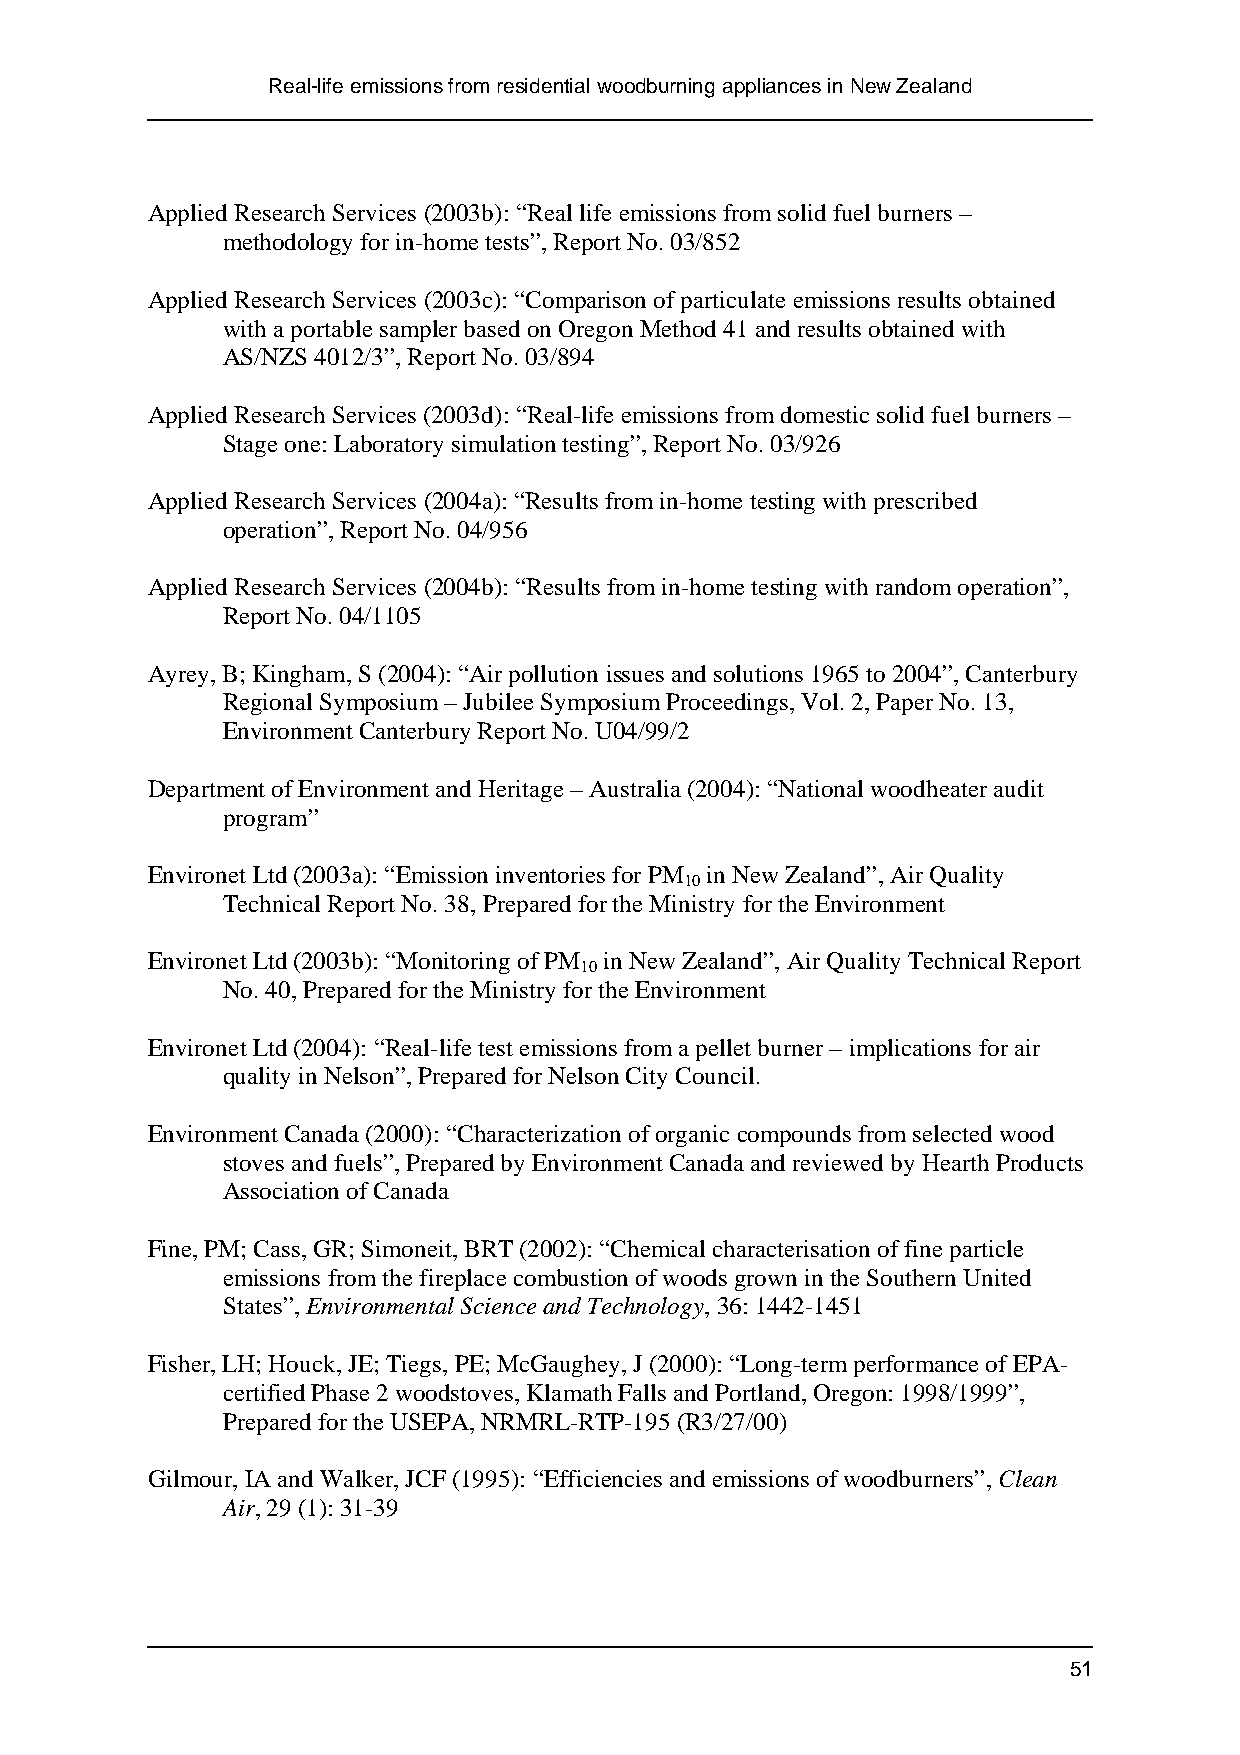
Real-life emissions from residential woodburning appliances in New Zealand
 Applied Research Services (2003b): “Real life emissions from solid fuel burners –
 methodology for in-home tests”, Report No. 03/852
 Applied Research Services (2003c): “Comparison of particulate emissions results obtained
 with a portable sampler based on Oregon Method 41 and results obtained with
 AS/NZS 4012/3”, Report No. 03/894
 Applied Research Services (2003d): “Real-life emissions from domestic solid fuel burners –
 Stage one: Laboratory simulation testing”, Report No. 03/926
 Applied Research Services (2004a): “Results from in-home testing with prescribed
 operation”, Report No. 04/956
 Applied Research Services (2004b): “Results from in-home testing with random operation”,
 Report No. 04/1105
 Ayrey, B; Kingham, S (2004): “Air pollution issues and solutions 1965 to 2004”, Canterbury
 Regional Symposium – Jubilee Symposium Proceedings, Vol. 2, Paper No. 13,
 Environment Canterbury Report No. U04/99/2
 Department of Environment and Heritage – Australia (2004): “National woodheater audit
 program”
 Environet Ltd (2003a): “Emission inventories for PM in New Zealand”, Air Quality
 10
 Technical Report No. 38, Prepared for the Ministry for the Environment
 Environet Ltd (2003b): “Monitoring of PM in New Zealand”, Air Quality Technical Report
 10
 No. 40, Prepared for the Ministry for the Environment
 Environet Ltd (2004): “Real-life test emissions from a pellet burner – implications for air
 quality in Nelson”, Prepared for Nelson City Council.
 Environment Canada (2000): “Characterization of organic compounds from selected wood
 stoves and fuels”, Prepared by Environment Canada and reviewed by Hearth Products
 Association of Canada
 Fine, PM; Cass, GR; Simoneit, BRT (2002): “Chemical characterisation of fine particle
 emissions from the fireplace combustion of woods grown in the Southern United
 States”, Environmental Science and Technology, 36: 1442-1451
 Fisher, LH; Houck, JE; Tiegs, PE; McGaughey, J (2000): “Long-term performance of EPA-
 certified Phase 2 woodstoves, Klamath Falls and Portland, Oregon: 1998/1999”,
 Prepared for the USEPA, NRMRL-RTP-195 (R3/27/00)
 Gilmour, IA and Walker, JCF (1995): “Efficiencies and emissions of woodburners”, Clean
 Air, 29 (1): 31-39
 51